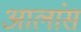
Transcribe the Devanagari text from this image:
आलांस